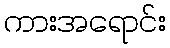
ကားအရောင်း